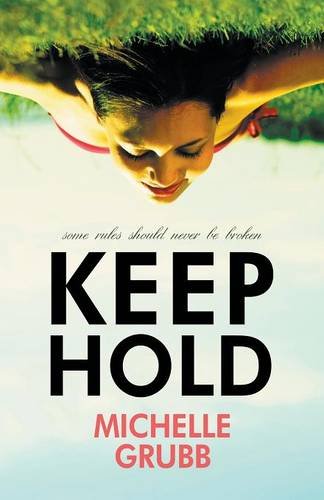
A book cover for Keep Hold; Michelle Grubb; Romance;